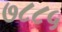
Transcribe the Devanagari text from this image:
७८८५